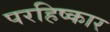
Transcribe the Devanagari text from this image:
परहिष्कार